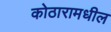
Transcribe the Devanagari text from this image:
कोठारामधील